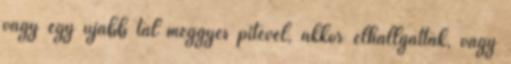
vagy egy újabb tál meggyes pitével, ak­kor elhallgattak, vagy